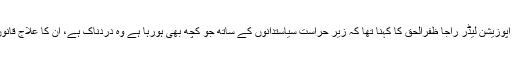
دوران اجلاس سینیٹ میں اپوزیشن لیڈر راجا ظفرالحق کا کہنا تھا کہ زیر حراست سیاستدانوں کے ساتھ جو کچھ بھی ہورہا ہے وہ دردناک ہے، ان کا علاج قانون کے مطابق ہونا چاہیے۔